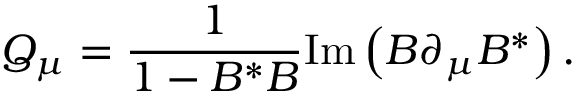
Q _ { \mu } = { \frac { 1 } { 1 - B ^ { * } B } } \mathrm { I m } \left( B \partial _ { \mu } B ^ { * } \right) .